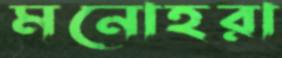
মনোহরা